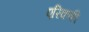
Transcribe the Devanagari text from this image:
एरिककी